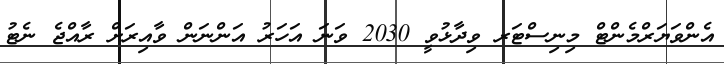
އެންވަޔަރްމެންޓް މިނިސްޓަރ ވިދާޅުވީ 2030 ވަނަ އަހަރު އަންނަން ވާއިރަށް ރާއްޖެ ނެޓު